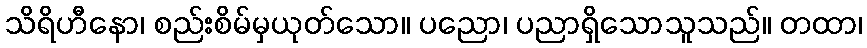
သိရိဟီနော၊ စည်းစိမ်မှယုတ်သော။ ပညော၊ ပညာရှိသောသူသည်။ တထာ၊